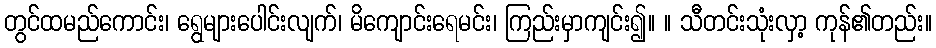
တွင်ထမည်ကောင်း၊ ရွေများပေါင်းလျက်၊ မိကျောင်းရေမင်း၊ ကြည်းမှာကျင်း၍။ ။ သီတင်းသုံးလှာ့ ကုန်၏တည်း။